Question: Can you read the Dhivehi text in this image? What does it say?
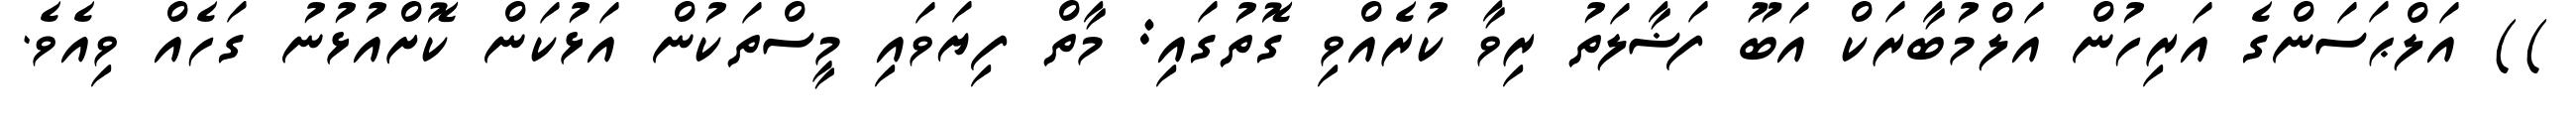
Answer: )) އަލްޙަސަންގެ އަރިހުން އަލްމުބާރަކް އަބޫ ފަޟާލަތު ރިވާ ކުރެއްވި ގޮތުގައި: މާތް ފިޔަވައި މީސްތަކުން އަޅުކަން ކޮށްއުޅުނު ގަހެއް ވިއެވެ.